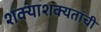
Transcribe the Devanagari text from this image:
शक्याशक्यतांची